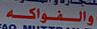
والفواكه